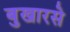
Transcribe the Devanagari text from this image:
बुखारसे